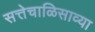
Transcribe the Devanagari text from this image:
सत्तेचाळिसाव्या